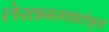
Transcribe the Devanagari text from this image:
लेखनस्वातंत्र्य